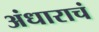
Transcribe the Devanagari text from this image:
अंधाराचं